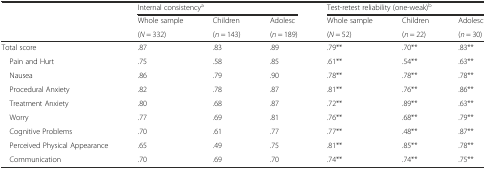
<table><thead><tr><td rowspan="2"></td><td colspan="3"><b>Internal consistency<sup>a</sup></b></td><td colspan="3"><b>Test-retest reliability (one-weak)<sup>b</sup></b></td></tr><tr><td><b>Whole sample</b></td><td><b>Children</b></td><td><b>Adolesc</b></td><td><b>Whole sample</b></td><td><b>Children</b></td><td><b>Adolesc</b></td></tr><tr><td></td><td><b>(<i>N</i> = 332)</b></td><td><b>(<i>n</i> = 143)</b></td><td><b>(<i>n</i> = 189)</b></td><td><b>(<i>N</i> = 52)</b></td><td><b>(<i>n</i> = 22)</b></td><td><b>(<i>n</i> = 30)</b></td></tr></thead><tbody><tr><td>Total score</td><td>.87</td><td>.83</td><td>.89</td><td>.79**</td><td>.70**</td><td>.83**</td></tr><tr><td> Pain and Hurt</td><td>.75</td><td>.58</td><td>.85</td><td>.61**</td><td>.54**</td><td>.63**</td></tr><tr><td> Nausea</td><td>.86</td><td>.79</td><td>.90</td><td>.78**</td><td>.78**</td><td>.78**</td></tr><tr><td> Procedural Anxiety</td><td>.82</td><td>.78</td><td>.87</td><td>.81**</td><td>.76**</td><td>.86**</td></tr><tr><td> Treatment Anxiety</td><td>.80</td><td>.68</td><td>.87</td><td>.72**</td><td>.89**</td><td>.63**</td></tr><tr><td> Worry</td><td>.77</td><td>.69</td><td>.81</td><td>.76**</td><td>.68**</td><td>.79**</td></tr><tr><td> Cognitive Problems</td><td>.70</td><td>.61</td><td>.77</td><td>.77**</td><td>.48**</td><td>.87**</td></tr><tr><td> Perceived Physical Appearance</td><td>.65</td><td>.49</td><td>.75</td><td>.81**</td><td>.85**</td><td>.78**</td></tr><tr><td> Communication</td><td>.70</td><td>.69</td><td>.70</td><td>.74**</td><td>.74**</td><td>.75**</td></tr></tbody></table>